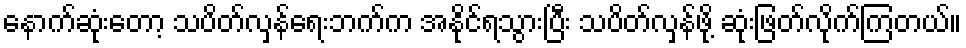
နောက်ဆုံးတော့ သပိတ်လှန်ရေးဘက်က အနိုင်ရသွားပြီး သပိတ်လှန်ဖို့ ဆုံးဖြတ်လိုက်ကြတယ်။